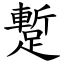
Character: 蹔